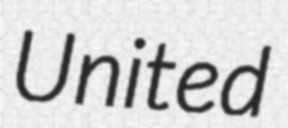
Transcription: United